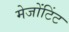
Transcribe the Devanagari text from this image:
मेजोंटिंट